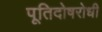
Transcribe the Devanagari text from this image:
पूतिदोषरोधी